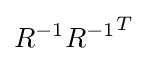
R^{-1}{R^{-1}}^{T}